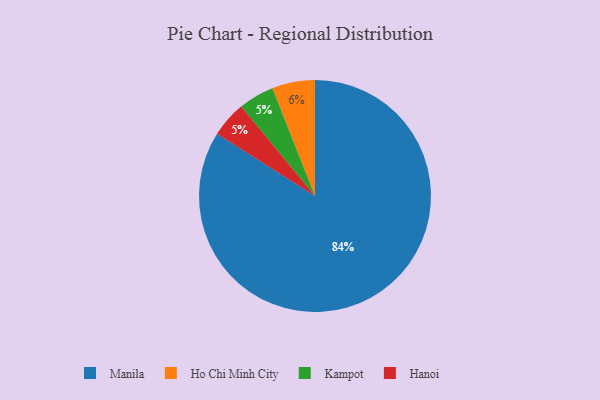
{"axis": {"x": "Category", "y": "Percentage"}, "legend": ["Hanoi", "Ho Chi Minh City", "Kampot", "Manila"], "data": [{"x": "Manila", "y": 84, "type": "Manila"}, {"x": "Kampot", "y": 5, "type": "Kampot"}, {"x": "Ho Chi Minh City", "y": 6, "type": "Ho Chi Minh City"}, {"x": "Hanoi", "y": 5, "type": "Hanoi"}]}